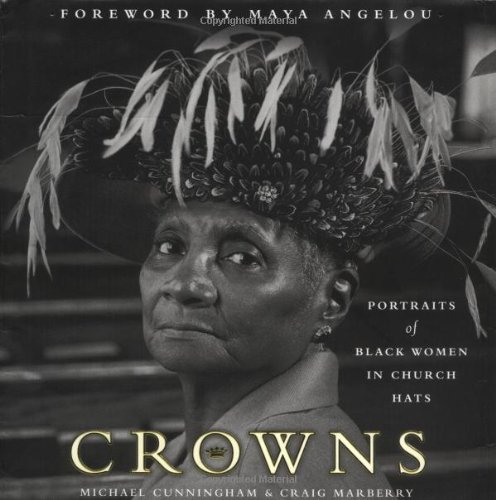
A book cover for Crowns: Portraits of Black Women in Church Hats; Michael Cunningham; Health, Fitness & Dieting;